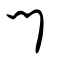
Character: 門